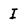
Character: I